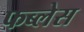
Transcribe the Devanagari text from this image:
फब्लेस